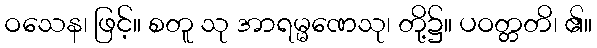
ဝသေန၊ ဖြင့်။ စတူ သု အာရမ္မဏေသု၊ တို့၌။ ပဝတ္တတိ၊ ၏။